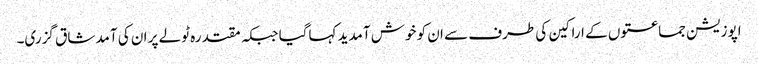
اپوزیشن جماعتوں کے اراکین کی طرف سے ان کو خوش آمدید کہاگیا جبکہ مقتدرہ ٹولے پر ان کی آمد شاق گزری۔